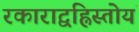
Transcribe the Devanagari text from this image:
रकाराद्वह्निस्तोयं